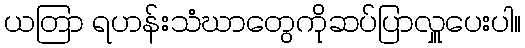
ယတြာ ရဟန်းသံဃာတွေကိုဆပ်ပြာလှူပေးပါ။